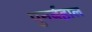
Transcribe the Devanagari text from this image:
पुनर्बहाल